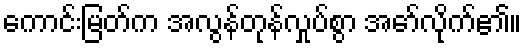
ကောင်းမြတ်က အလွန်တုန်လှုပ်စွာ အော်လိုက်၏။